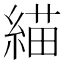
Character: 緢